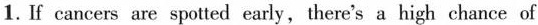
1.If cancers are spotted early,there's a high chance of